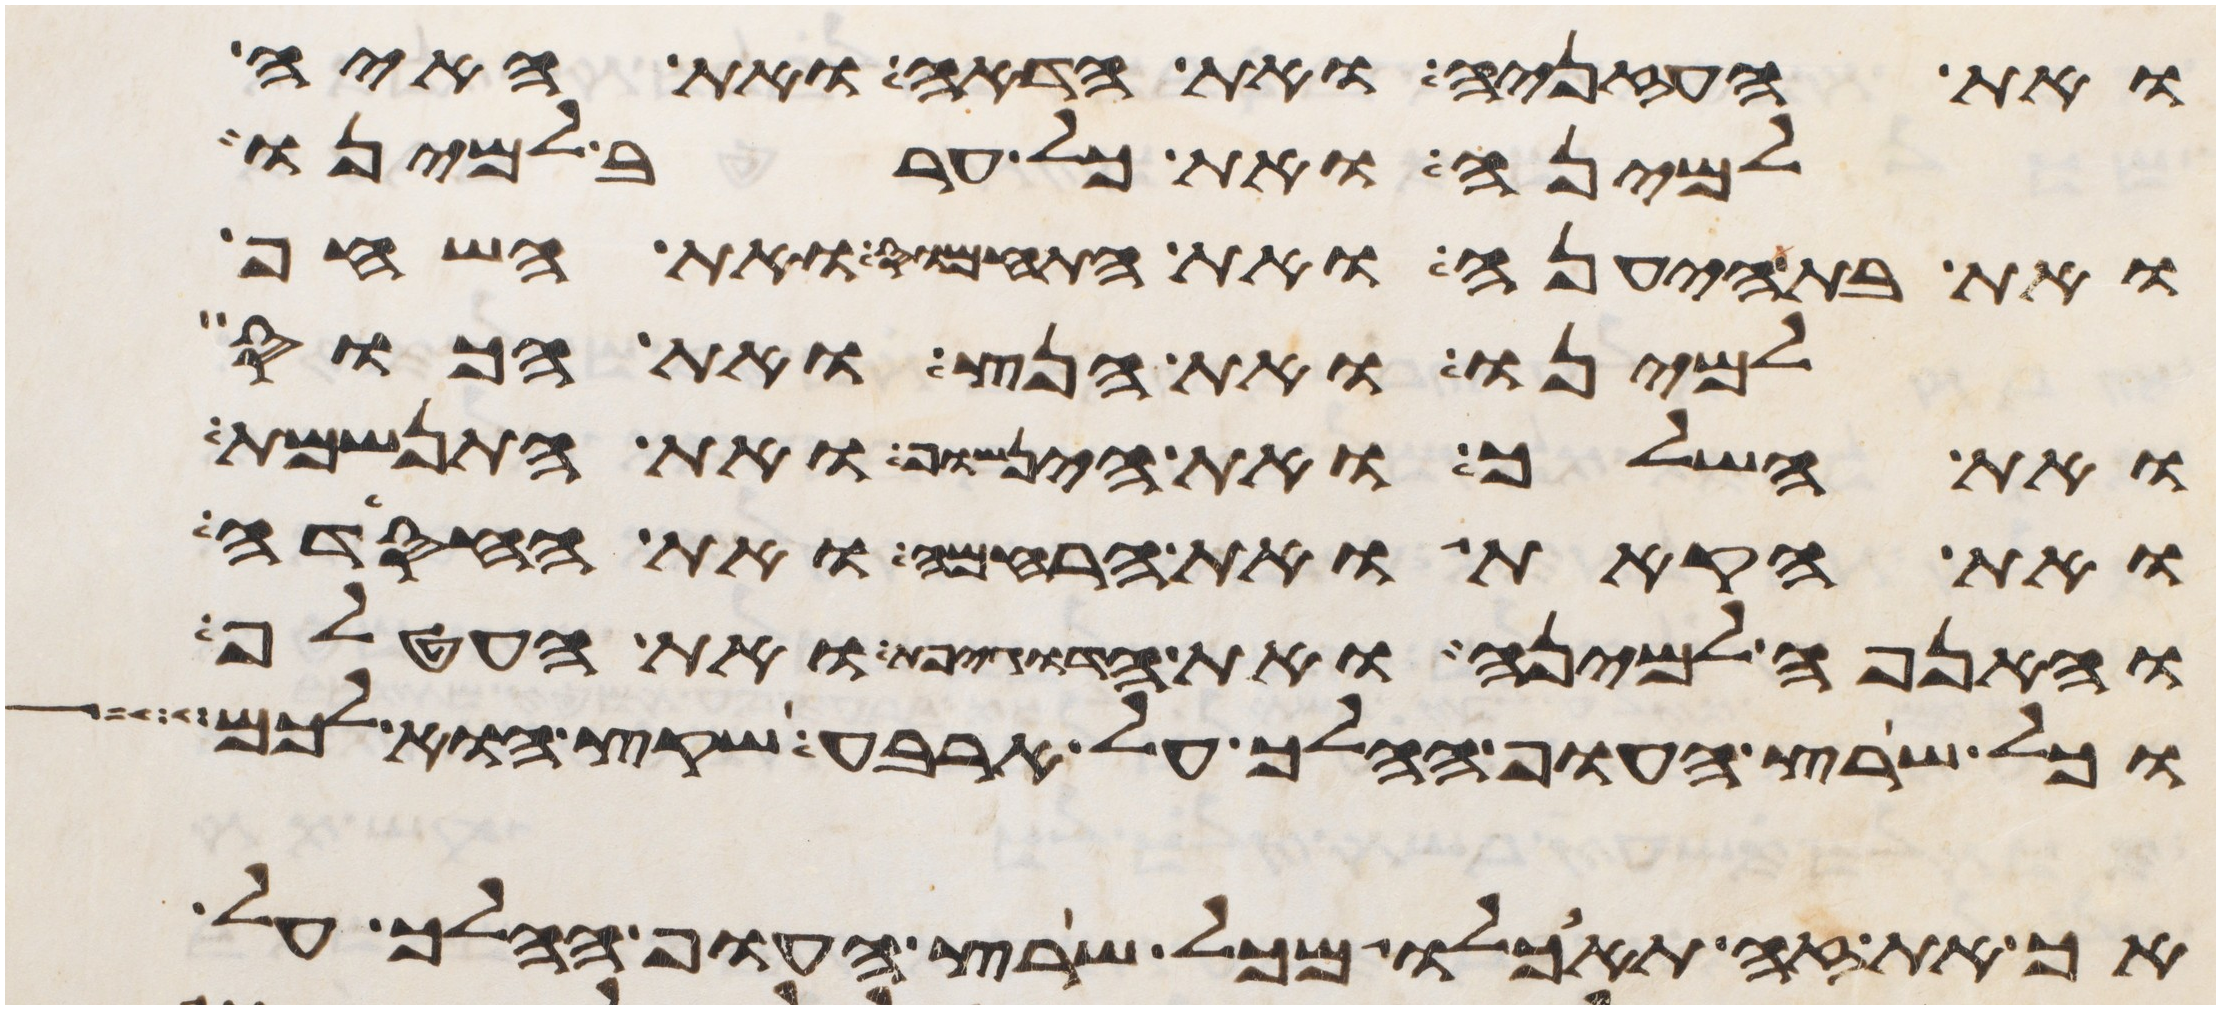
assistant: ואת העזניה ואת הדאה ואת האיה
למינה ואת כל ערב למינו
ואת בת היענה ואת התחמוס ואת השחף
למינו ואת הנץ ואת הכוס
ואת השלך ואת הינשוף ואת התנשמת
ואת הקאת ואת הרחמה ואת החסידה
והאנפה למינה ואת הדגיפת ואת העטלף
כל שרץ העוף ההלך על ארבע שקץ הוא לכם
אך את זה תאכלו מכל שרץ העוף ההלך על